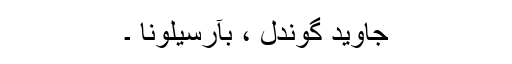
جاوید گوندل ، بآرسیلونا ۔